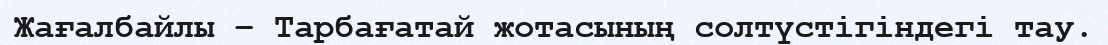
Жағалбайлы – Тарбағатай жотасының солтүстігіндегі тау.